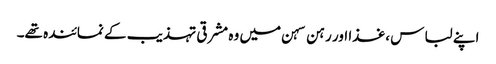
اپنے لباس ،غذا اور رہن سہن میں وہ مشرقی تہذیب کے نمائندہ تھے۔